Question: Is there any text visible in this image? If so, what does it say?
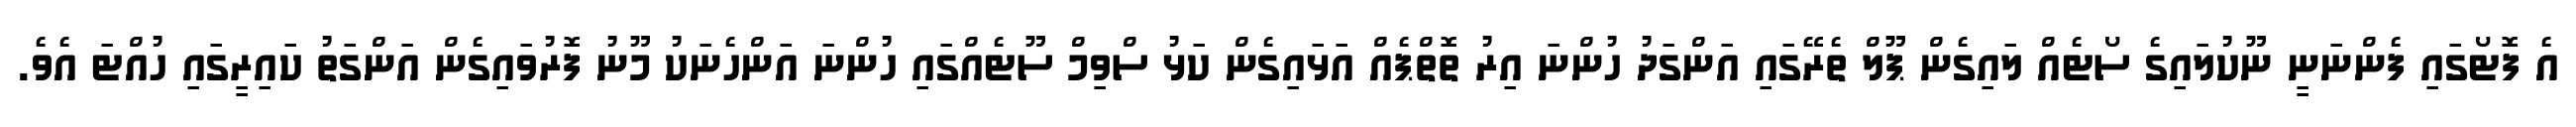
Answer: އެ ފޮޓޯގައި ފެންނަނީ ނޫކުލައިގެ ސޯޓެއް ލައިގެން ޕޫލް ތެރޭގައި އަންގަދު ހުންނަ އިރު ތޮތްޕެއް އަޅައިގެން ކަޅު ސްވިމް ސޫޓެއްގައި ހުންނަ އަންހެނަކު މޫނު ފޮރުވައިގެން އަންގަތު ކައިރީގައި ހުއްޓަ އެވެ.